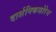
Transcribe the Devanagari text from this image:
दार्शनिकसोरेन